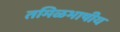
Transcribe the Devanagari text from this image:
तमिळभाषीय